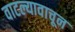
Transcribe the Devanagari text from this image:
वाटल्यावाचून